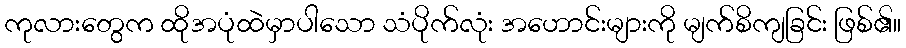
ကုလားတွေက ထိုအပုံထဲမှာပါသော သံပိုက်လုံး အဟောင်းများကို မျက်စိကျခြင်း ဖြစ်၏။